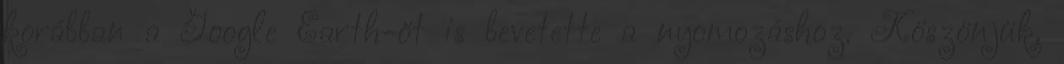
korábban a Google Earth-öt is bevetette a nyomozáshoz. Köszönjük,